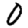
Digit: 0